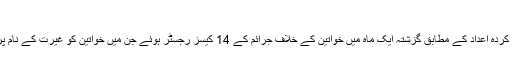
فائل فوٹو
پاکستان سول سوسائٹی نیٹ ورک کے جمع کردہ اعداد کے مطابق گزشتہ ایک ماہ میں خواتین کے خلاف جرائم کے 14 کیسز رجسٹر ہوئے جن میں خواتین کو غیرت کے نام پر قتل کیا گیا یا پھر ان پر تیزاب پھینکا گیا۔